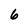
Character: 6